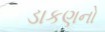
ડાકણનો